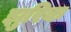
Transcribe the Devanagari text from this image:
झुरिक